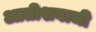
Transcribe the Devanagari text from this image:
आतीशबाजी